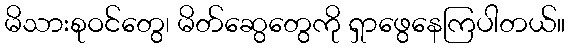
မိသားစုဝင်တွေ၊ မိတ်ဆွေတွေကို ရှာဖွေနေကြပါတယ်။